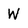
Character: W